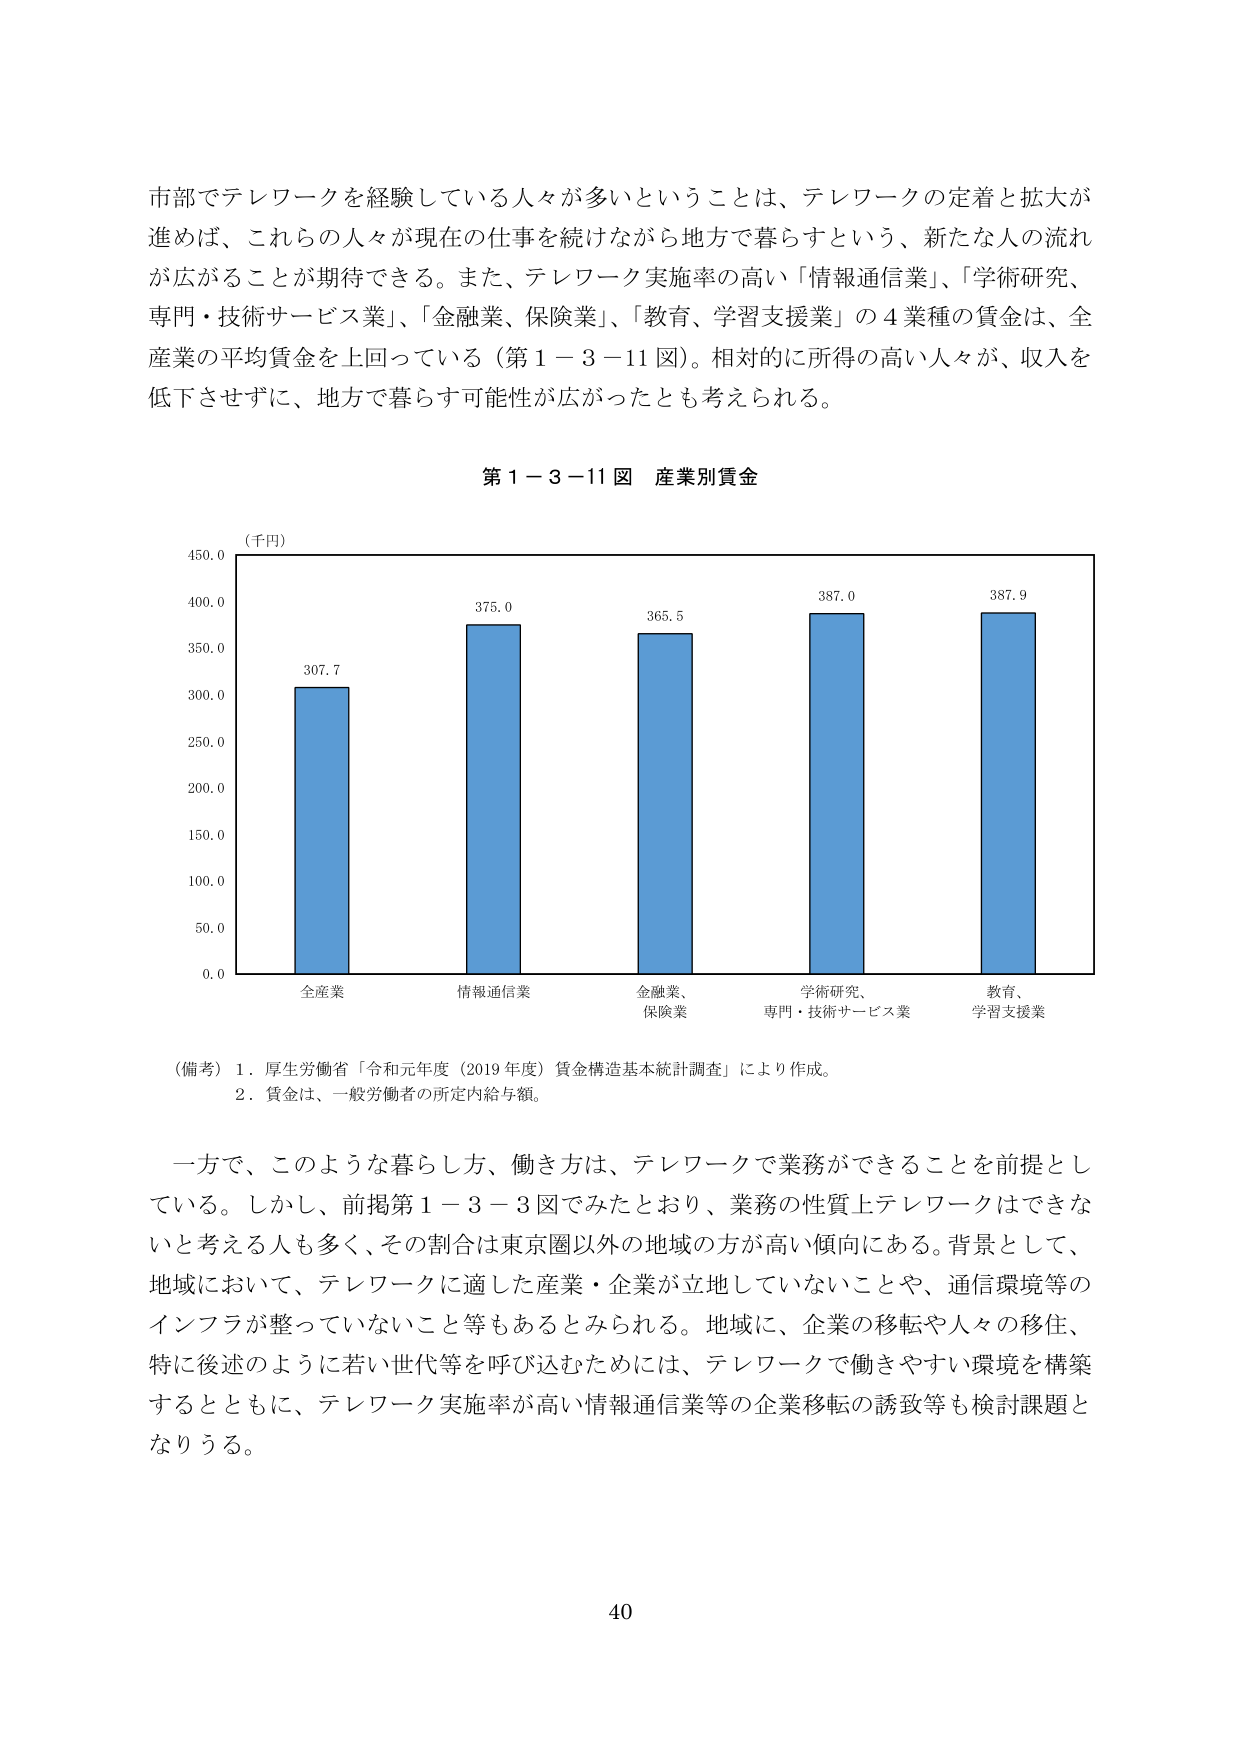
市部でテレワークを経験している人々が多いということは、テレワークの定着と拡大が進めば、これらの人々が現在の仕事を続けながら地方で暮らすという、新たな人の流れが広がることが期待できる。また、テレワーク実施率の高い「情報通信業」、「学術研究、専門・技術サービス業」、「金融業、保険業」、「教育、学習支援業」の４業種の賃金は、全産業の平均賃金を上回っている（第１－３－11図）。相対的に所得の高い人々が、収入を低下させずに、地方で暮らす可能性が広がったとも考えられる。

第１－３－11図 産業別賃金

（千円）
450.0
400.0
375.0
365.5
387.0
387.9
350.0
307.7
300.0
250.0
200.0
150.0
100.0
50.0
0.0

全産業
情報通信業
金融業、
保険業
学術研究、
専門・技術サービス業
教育、
学習支援業

（備考）１．厚生労働省「令和元年度（2019年度）賃金構造基本統計調査」により作成。
　　　２．賃金は、一般労働者の所定内給与額。

一方で、このような暮らし方、働き方は、テレワークで業務ができることを前提としている。しかし、前掲第１－３－３図でみたとおり、業務の性質上テレワークはできないと考える人も多く、その割合は東京圏以外の地域の方が高い傾向にある。背景として、地域において、テレワークに適した産業・企業が立地していないことや、通信環境等のインフラが整っていないこと等もあるとみられる。地域に、企業の移転や人々の移住、特に後述のように若い世代等を呼び込むためには、テレワークで働きやすい環境を構築するとともに、テレワーク実施率が高い情報通信業等の企業移転の誘致等も検討課題となりうる。

40